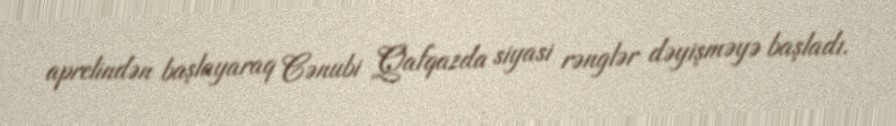
aprelindən başlayaraq Cənubi Qafqazda siyasi rənglər dəyişməyə başladı.